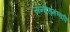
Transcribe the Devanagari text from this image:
सन्देहमण्वपि